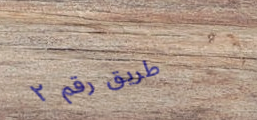
طريق رقم ٢